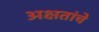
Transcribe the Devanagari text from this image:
अक्षतांचे